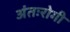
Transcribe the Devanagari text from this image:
अंतःरोगी